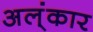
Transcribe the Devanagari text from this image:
अल्ंकार